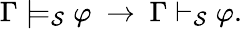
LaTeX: \Gamma\models_{\mathcal{S}}\varphi\ \to\ \Gamma\vdash_{\mathcal{S}}\varphi.